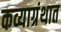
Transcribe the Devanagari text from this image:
कव्याग्रंथात